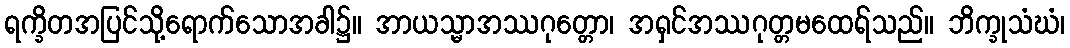
ရက္ခိတအပြင်သို့ရောက်သောအခါ၌။ အာယသ္မာအဿဂုတ္တော၊ အရှင်အဿဂုတ္တမထေရ်သည်။ ဘိက္ခုသံဃံ၊